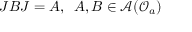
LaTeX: J B J = A , \, \, \, A , B \in \mathcal { A } ( \mathcal { O } _ { a } )